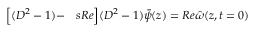
\begin{array} { r l } { \Big [ ( D ^ { 2 } - 1 ) - } & { { } s R e \Big ] ( D ^ { 2 } - 1 ) \bar { \psi } ( z ) = R e \hat { \omega } ( z , t = 0 ) } \end{array}